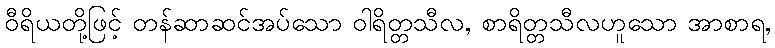
ဝီရိယတို့ဖြင့် တန်ဆာဆင်အပ်သော ဝါရိတ္တသီလ, စာရိတ္တသီလဟူသော အာစာရ,